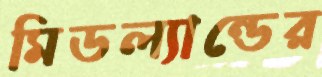
মিডল্যান্ডের